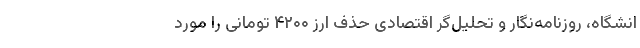
انشگاه‌، روزنامه‌نگار و تحلیل‌گر اقتصادی حذف ارز ۴۲۰۰ تومانی را مورد